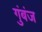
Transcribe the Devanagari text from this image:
गुंबंज